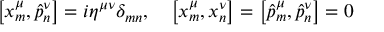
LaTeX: \left[ x _ { m } ^ { \mu } , \hat { p } _ { n } ^ { \nu } \right] = i \eta ^ { \mu \nu } \delta _ { m n } , \quad \left[ x _ { m } ^ { \mu } , x _ { n } ^ { \nu } \right] = \left[ \hat { p } _ { m } ^ { \mu } , \hat { p } _ { n } ^ { \nu } \right] = 0